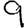
Digit: 9